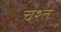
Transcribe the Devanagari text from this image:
चश्त